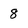
Character: 8